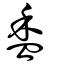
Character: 盉